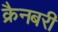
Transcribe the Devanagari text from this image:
क्रैनबरी